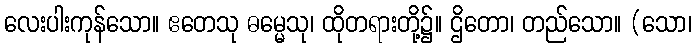
လေးပါးကုန်သော။ ဧတေသု ဓမ္မေသု၊ ထိုတရားတို့၌။ ဌိတော၊ တည်သော။ (သော၊